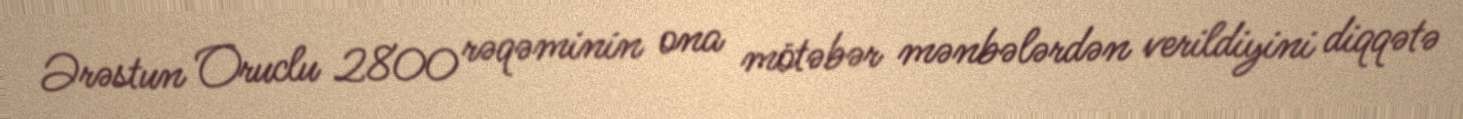
Ərəstun Oruclu 2800 rəqəminin ona mötəbər mənbələrdən verildiyini diqqətə